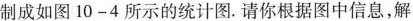
制成如图10-4所示的统计图.请你根据图中信息，解